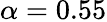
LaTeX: \alpha=0.55